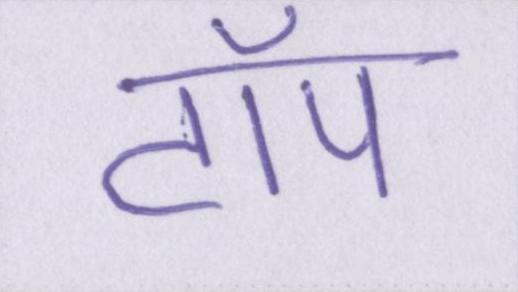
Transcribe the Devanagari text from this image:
टॉप